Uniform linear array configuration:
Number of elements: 16
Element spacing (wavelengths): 0.5
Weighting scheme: hamming
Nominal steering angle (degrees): -30
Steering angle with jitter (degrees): -28.293
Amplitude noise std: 0.05
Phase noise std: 0.05

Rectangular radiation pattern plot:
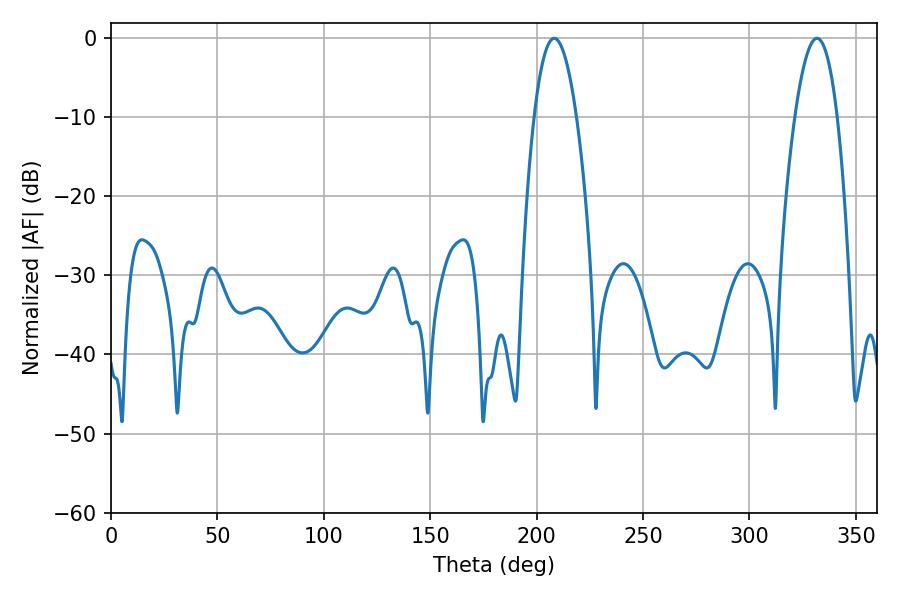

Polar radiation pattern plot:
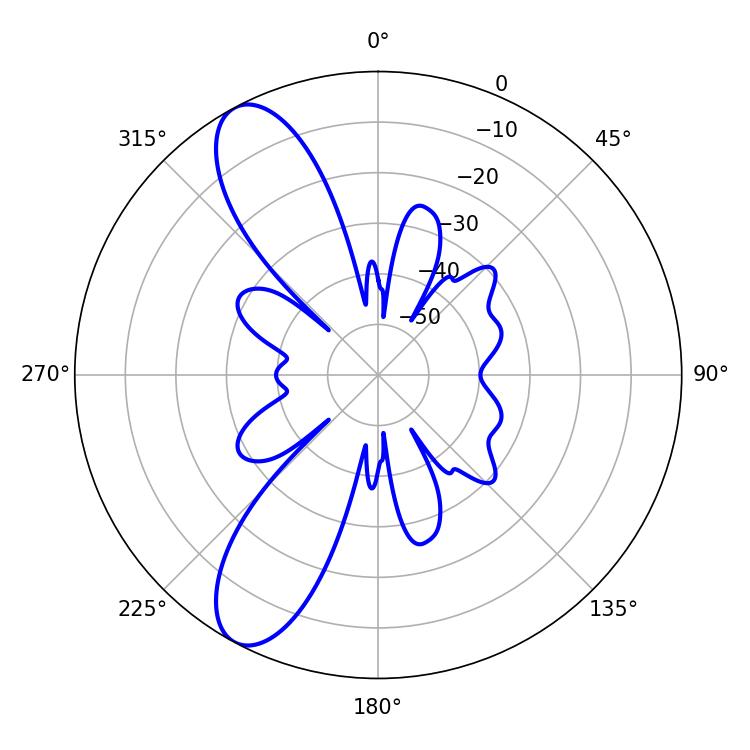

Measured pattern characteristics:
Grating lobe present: FALSE
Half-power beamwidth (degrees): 10.98
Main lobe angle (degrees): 208.26